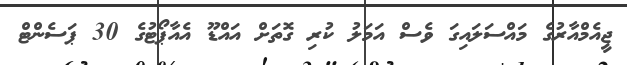
ޖީއެމްއާރުގެ މައްސަލައިގަ ވެސް އަމަލު ކުރި ގޮތަށް އައްޑޫ އެއާޕޯޓުގެ 30 ޕަސެންޓް